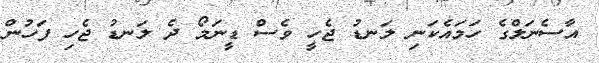
އާސެނަލްގެ ހަމައެކަނި ލަނޑު ޖެހީ ވެސް ޑީނަމޯ ދެ ލަނޑު ޖެހި ފަހުން